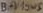
Text: BAV19WS